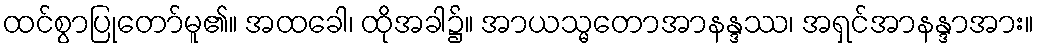
ထင်စွာပြုတော်မူ၏။ အထခေါ၊ ထိုအခါ၌။ အာယသ္မတောအာနန္ဒဿ၊ အရှင်အာနန္ဒာအား။